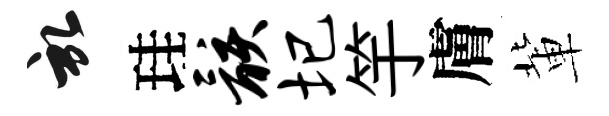
啓珪骸圮竽膚軰